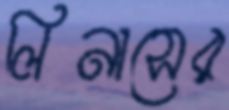
লিনাসের